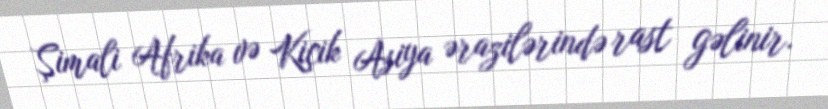
Şimali Afrika və Kiçik Asiya ərazilərində rast gəlinir.